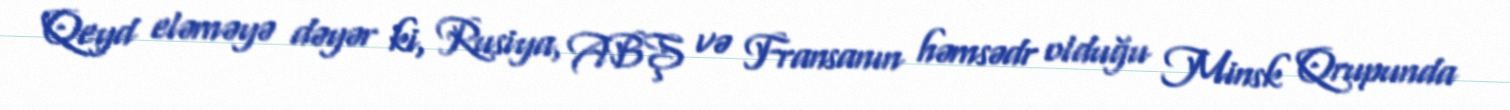
Qeyd eləməyə dəyər ki, Rusiya, ABŞ və Fransanın həmsədr olduğu Minsk Qrupunda